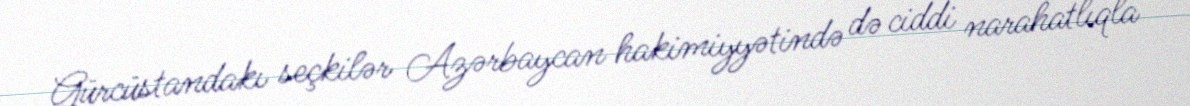
Gürcüstandakı seçkilər Azərbaycan hakimiyyətində də ciddi narahatlıqla